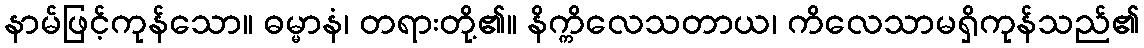
နာမ်ဖြင့်ကုန်သော။ ဓမ္မာနံ၊ တရားတို့၏။ နိက္ကိလေသတာယ၊ ကိလေသာမရှိကုန်သည်၏